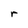
Character: r